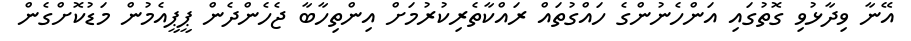
އޭނާ ވިދާޅުވި ގޮތުގައި އަންހެނުންގެ ހައްގުތައް ރައްކާތެރިކުރުމަށް އިންތިހާބާ ޖެހެންދެން ޕީޕީއެމުން މަޑުކޮށްގެން